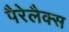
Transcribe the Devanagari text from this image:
पैरेलैक्स